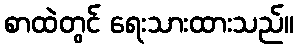
စာထဲတွင် ရေးသားထားသည်။